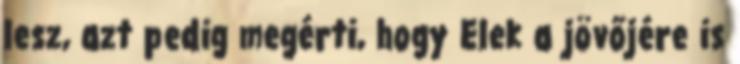
lesz, azt pedig megérti, hogy Elek a jövőjére is